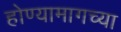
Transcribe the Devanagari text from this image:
होण्यामागच्या